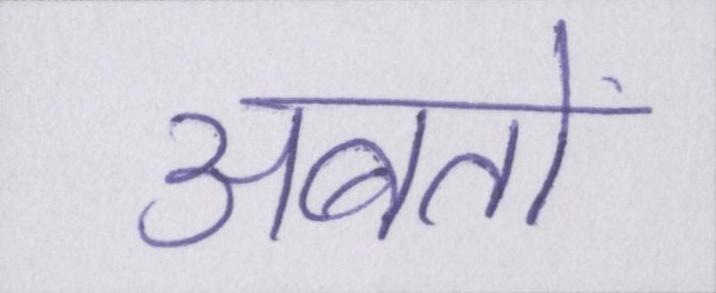
अबतो